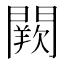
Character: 𨶕